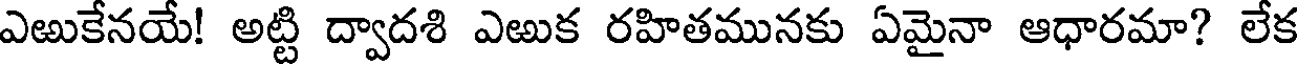
ఎఱుకేనయే! అట్టి ద్వాదశి ఎఱుక రహితమునకు ఏమైనా ఆధారమా? లేక